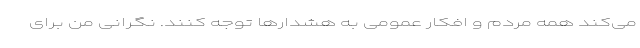
می‌کند همه مردم و افکار عمومی به هشدارها توجه کنند. نگرانی من برای